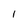
Character: I